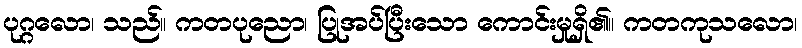
ပုဂ္ဂလော၊ သည်။ ကတပုညော၊ ပြုအပ်ပြီးသော ကောင်းမှုရှိ၏။ ကတကုသလော၊